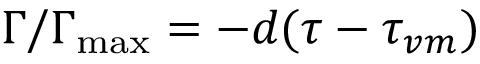
\Gamma / \Gamma _ { \mathrm { m a x } } = - d ( \tau - \tau _ { v m } )